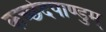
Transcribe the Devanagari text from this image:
कच्छेदपाण्डुम्